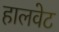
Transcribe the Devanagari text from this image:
हालवेट